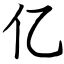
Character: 亿